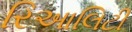
રિઆલિટી